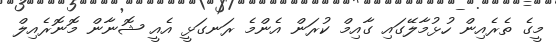
މީގެ ތެރެއިން ހުޅުމާލޭގައި ގާއިމް ކުރަން އެންމެ ރަނގަޅީ އެއީ ޝޮނާން މޮނޮރެއިލް